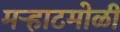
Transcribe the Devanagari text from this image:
मऱ्हाटमोळी